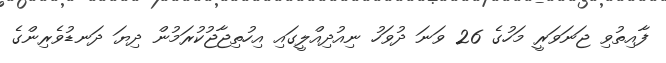
ފާއިތުވި ޖަނަވަރީ މަހުގެ 26 ވަނަ ދުވަހު ނިއުދިއްލީގައި އިހުތިޖާޖުކުރަމުން ދިޔަ ދަނޑުވެރިންގެ